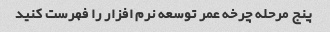
پنج مرحله چرخه عمر توسعه نرم افزار را فهرست کنید